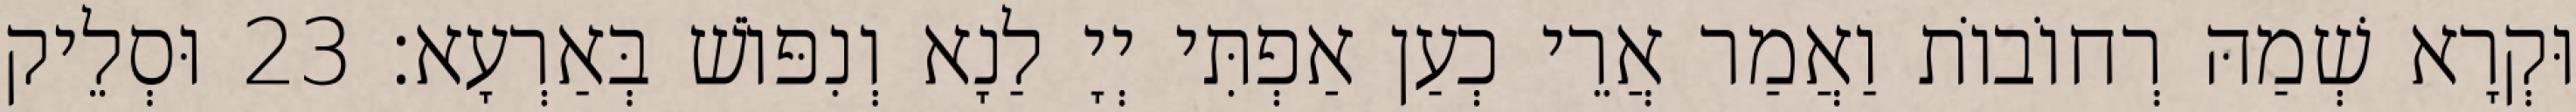
וּקְרָא שְׁמַהּ רְחוֹבוֹת וַאֲמַר אֲרֵי כְעַן אַפְתִּי יְיָ לַנָא וְנִפּוֹשׁ בְּאַרְעָא׃ 23 וּסְלֵיק